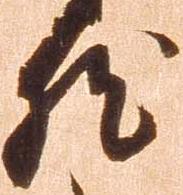
然